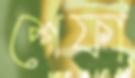
শেফা